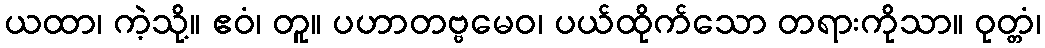
ယထာ၊ ကဲ့သို့။ ဧဝံ၊ တူ။ ပဟာတဗ္ဗမေဝ၊ ပယ်ထိုက်သော တရားကိုသာ။ ဝုတ္တံ၊